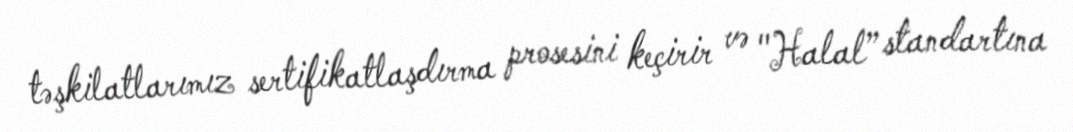
təşkilatlarımız sertifikatlaşdırma prosesini keçirir və "Halal” standartına